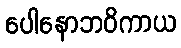
ပေါနောဘဝိကာယ